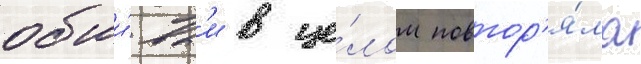
обши́вк'и в це́лом повтор'я́ла